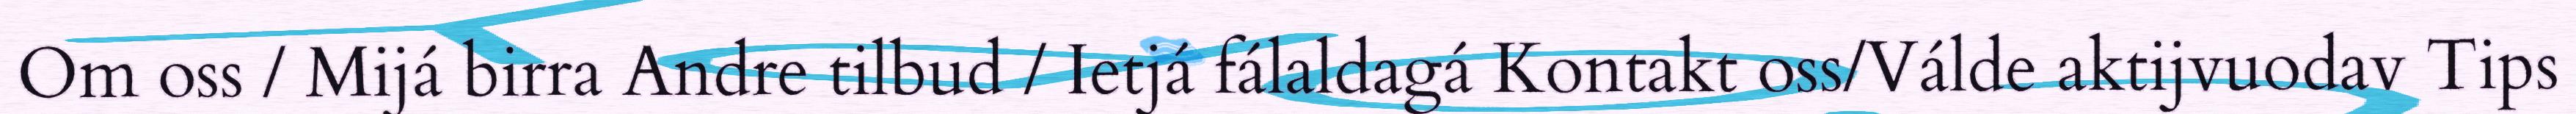
Om oss / Mijá birra Andre tilbud / Ietjá fálaldagá Kontakt oss/Válde aktijvuodav Tips